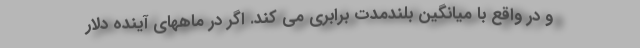
و در واقع با میانگین بلندمدت برابری می کند. اگر در ماههای آینده دلار